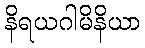
နိရယဂါမိနိယာ